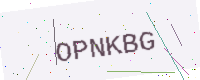
Text: OPNKBG